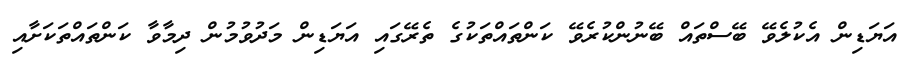
އަޔަޑިން އެކުލެވޭ ބޭސްތައް ބޭނުންކުރެވޭ ކަންތައްތަކުގެ ތެރޭގައި އަޔަޑިން މަދުވުމުން ދިމާވާ ކަންތައްތަކަށާއި